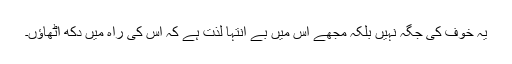
یہ خوف کی جگہ نہیں بلکہ مجھے اس میں بے انتہا لذت ہے کہ اس کی راہ میں دکھ اٹھاؤں۔